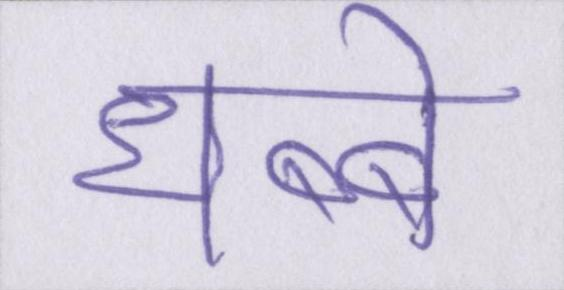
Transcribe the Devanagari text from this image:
धब्बे